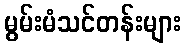
မွမ်းမံသင်တန်းများ